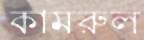
কামরুল